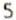
5